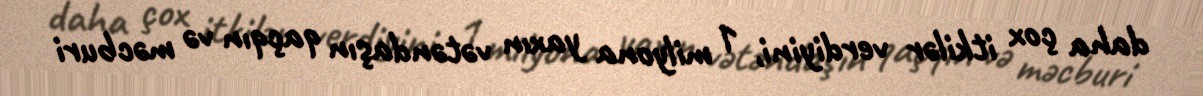
daha çox itkilər verdiyini, 1 milyona yaxın vətəndaşın qaçqın və məcburi